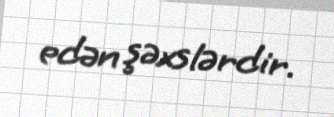
edən şəxslərdir.